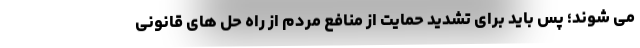
می شوند؛ پس باید برای تشدید حمایت از منافع مردم از راه حل های قانونی